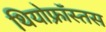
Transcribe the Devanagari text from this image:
थियोफ्रॉस्तस